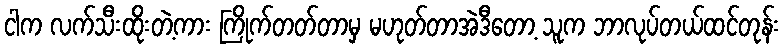
ငါက လက်သီးထိုးတဲ့ကား ကြိုက်တတ်တာမှ မဟုတ်တာအဲဒီတော့ သူက ဘာလုပ်တယ်ထင်တုန်း